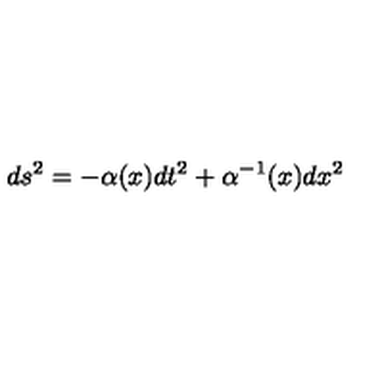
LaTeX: d s ^ { 2 } = - \alpha ( x ) d t ^ { 2 } + \alpha ^ { - 1 } ( x ) d x ^ { 2 }